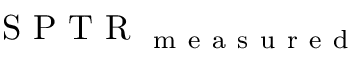
\mathrm { ~ S ~ P ~ T ~ R ~ } _ { \mathrm { ~ m ~ e ~ a ~ s ~ u ~ r ~ e ~ d ~ } }